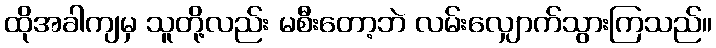
ထိုအခါကျမှ သူတို့လည်း မစီးတော့ဘဲ လမ်းလျှောက်သွားကြသည်။